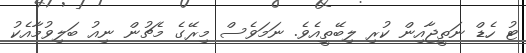
ޓު ހެޑް ނަތީޖާއިން ކުރި ލިބޭތީއެވެ. ނަމަވެސް މިރޭގެ މެޗުން ނިއު ބަލިވުމާއެކު